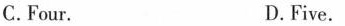
C.Four. D. Five